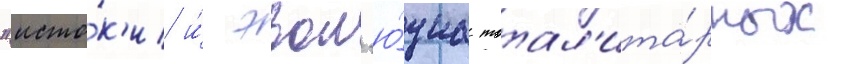
"исто́к'и и́ эвол'ю́циа тотал'ита́рных